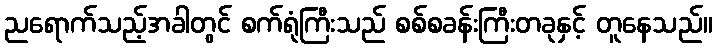
ညရောက်သည့်အခါတွင် စက်ရုံကြီးသည် စစ်စခန်းကြီးတခုနှင့် တူနေသည်။